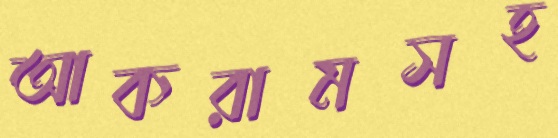
আকরামসহ